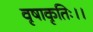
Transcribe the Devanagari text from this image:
वृषाकृतिः।।